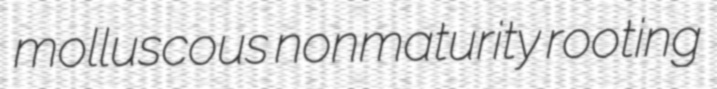
molluscous nonmaturity rooting